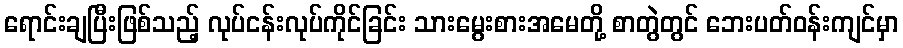
ရောင်းချပြီးဖြစ်သည့် လုပ်ငန်းလုပ်ကိုင်ခြင်း သားမွေးစားအမေတို့ စာတွဲတွင် ဘေးပတ်ဝန်းကျင်မှာ